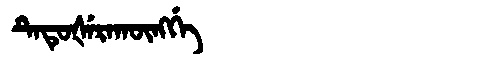
Manchu: ᡨᡝᡨᡠᡧᡝᡵᠠᡴᡡᠩᡤᡝ
Romanization: TETUŠERAKŪNGGE